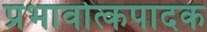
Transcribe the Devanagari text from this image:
प्रभावोत्कपादक